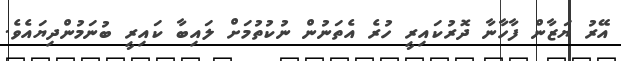
އޭރު ޔަޒާން ފާހާނާ ދޮރުކައިރީ ހުރެ އެތަނުން ނުކުތުމަށް ލައިބާ ކައިރީ ބުނަމުންދިޔައެވެ.